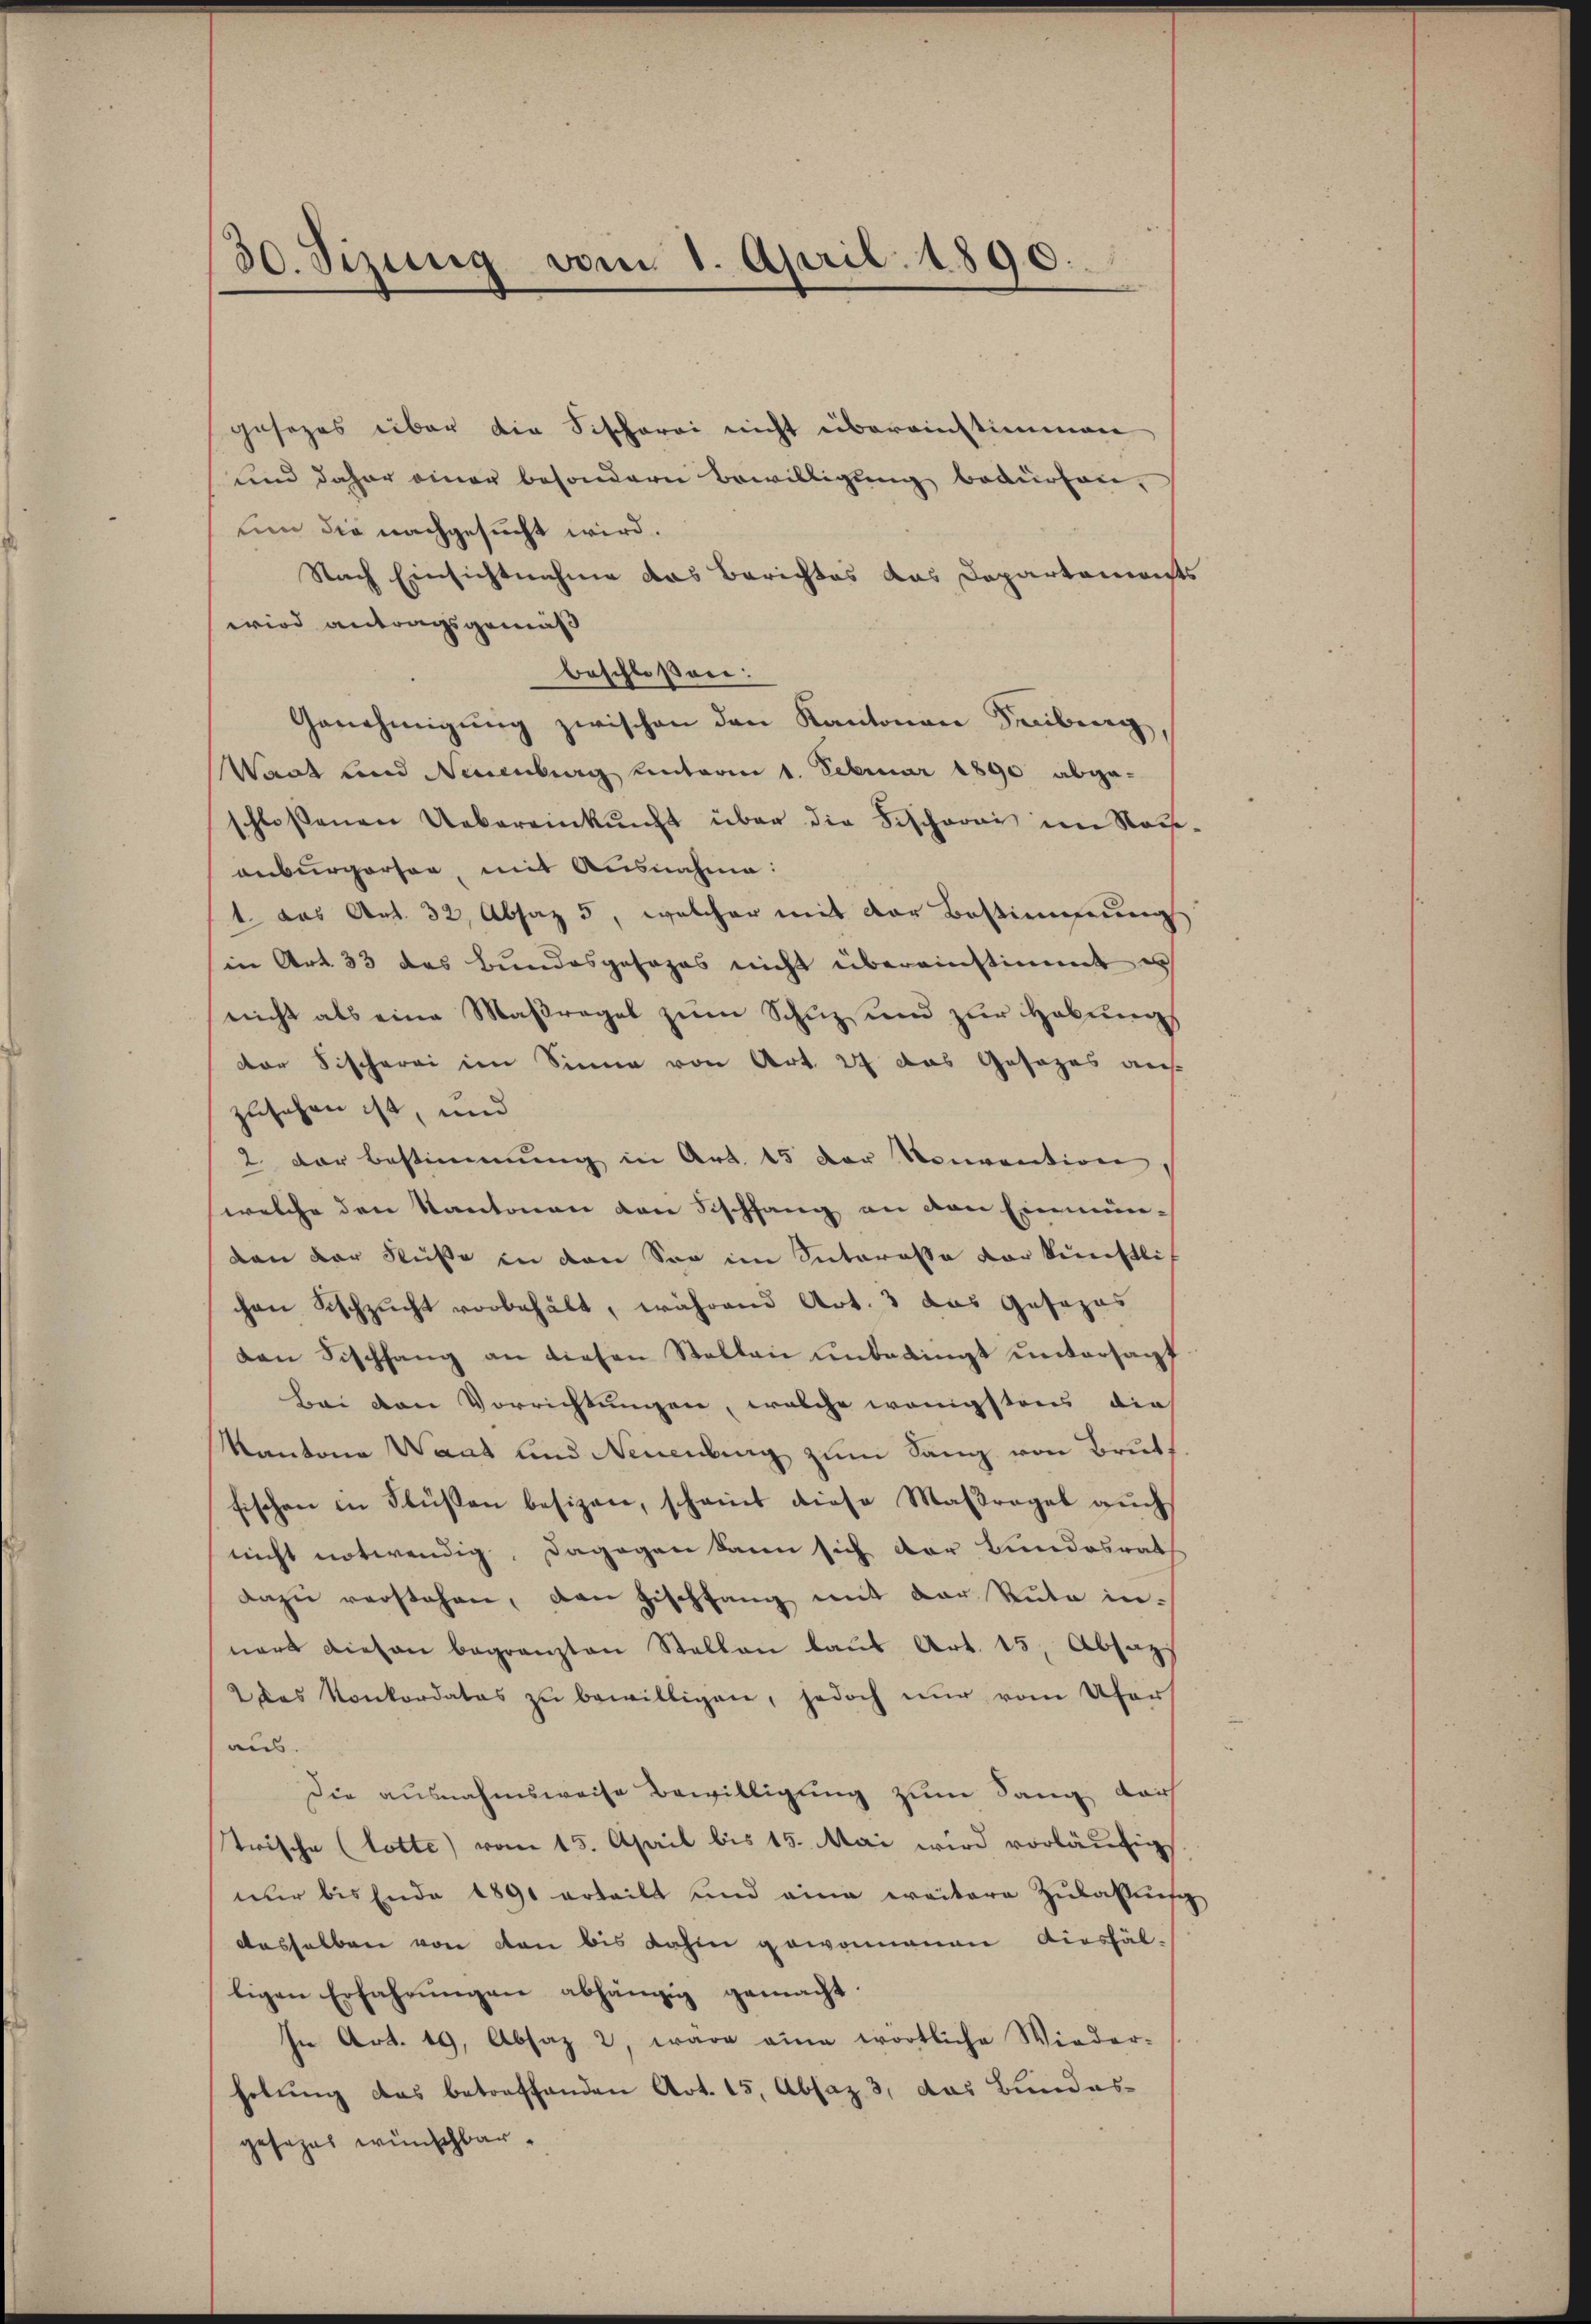
gesezes über die Fischerei nicht übereinstimmen
und daher einer besondern Bewilligung bedürfen,
uin die nachgesucht wird.
Nach Einsichtnahme das Berichtes das Departements
wird antragsgemäß
beschloßen:
Genehmigung zwischen den Kantonen Freiburg,
Wart und Neuenburg unterm 1. Februar 1890 abgeschlossenen Uebereinkunft über die Fischorni im Ross-
anburgerster, mit Ausnahme:
1. das Art. 32, Absaz 5, welcher mit der Bestimmung
in Art. 33 das Bundesgesages nicht übereinstimmt es
nicht als eine Maßregel zum Schuz und zur Hebung
der Fischerei im Sinne von Art. 27 das Gesezes aus
zusehen ist, und
2. der bestimmung in Art. 15 der Konvention,
welche den Kantonen den Fischfang an den Einmünden der Süße in den Soo im Interesse vor künstlich
chen Sischzucht vorbehält, während Art. 3 das Gesezes
dan Fischfang an diesen Stellen unbedingt untersagt
Bei von Vorrichtungen, welche wenigstens die
Kantone Waat und Neuenburg zum Sang von Brutfischen in Flüßen besizen, scheint diese Maßregel auch
nicht notwendig. Dagegen kann sich der Bundesrath
dazu verstehen, den Geschfang mit der Sute in-
nert diesen begrenzten Stellen laut Art. 15, Absaz
2 das Konkordates zŭ bewilligen, jedoch nur vom Ufer
au.
Die ausnahmsweise Bewilligung zum Sang darf
trische (lotte) vom 15. April bis 15. Mai wird vorläufig
nur bis Ende 1891 erteilt und eine ereitere Zulassensc
dasselben von den bis dahin gewonnenen diesfälligen Erfahrŭngen abhängig gemacht.
In Art. 19. Absaz 2, wäre eine wörtliche Wieder-
helung das betreffenden Art. 15, Absaz 3, das Bundesgesezes wünschbar.

30. Sizung vom 1. April 1890.